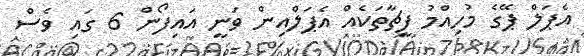
އެޕަލް ޕޭގެ މުހިއްމު ފީޗާތަކެއް އެޕަލްއިން ވަނީ އައިފޯން 6 ގައި ވެސް